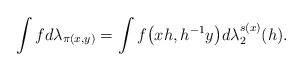
\begin{gather*}\int f d\lambda_{\pi(x,y)}=\int f\big(xh, h^{-1}y\big)d\lambda^{s(x)}_2(h).\end{gather*}